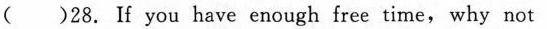
( )28. If you have enough free time, why not